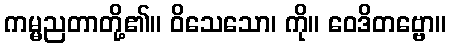
ကမ္မညတာတို့၏။ ဝိသေသော၊ ကို။ ဝေဒိတဗ္ဗော။